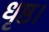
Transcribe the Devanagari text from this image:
धृष्ठ।